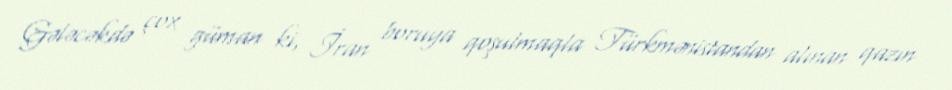
Gələcəkdə çox güman ki, İran boruya qoşulmaqla Türkmənistandan alınan qazın